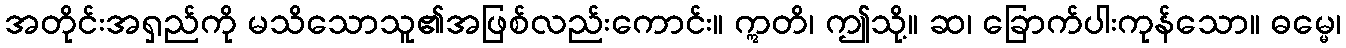
အတိုင်းအရှည်ကို မသိသောသူ၏အဖြစ်လည်းကောင်း။ ဣတိ၊ ဤသို့။ ဆ၊ ခြောက်ပါးကုန်သော။ ဓမ္မေ၊